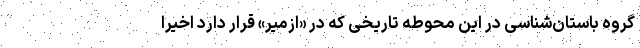
گروه باستان‌شناسی در این محوطه تاریخی که در «ازمیر» قرار دارد اخیرا